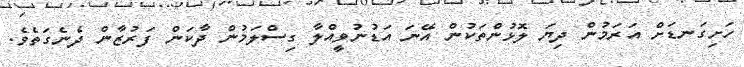
ހަށިގަނޑަށް އަރަމުން ދިޔަ ލޮޅުންތަކުން އޭނަ އަޑުނުވީއްލާ ގިސްލަމުން ދާކަން ފަރުޒާން ދެނެގަތެވެ.